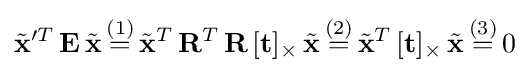
{\tilde {\mathbf {x} }}'^{T}\,\mathbf {E} \,{\tilde {\mathbf {x} }}\,{\stackrel {(1)}{=}}\,{\tilde {\mathbf {x} }}^{T}\,\mathbf {R} ^{T}\,\mathbf {R} \,[\mathbf {t} ]_{\times }\,{\tilde {\mathbf {x} }}\,{\stackrel {(2)}{=}}\,{\tilde {\mathbf {x} }}^{T}\,[\mathbf {t} ]_{\times }\,{\tilde {\mathbf {x} }}\,{\stackrel {(3)}{=}}\,0